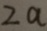
2 a